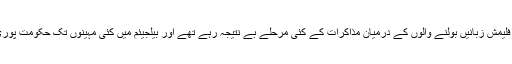
اُس وقت فرانسیسی اور فلیمش زبانیں بولنے والوں کے درمیان مذاکرات کے کئی مرحلے بے نتیجہ رہے تھے اور بیلجیئم میں کئی مہینوں تک حکومت پوری طرح فعال نہیں تھی۔